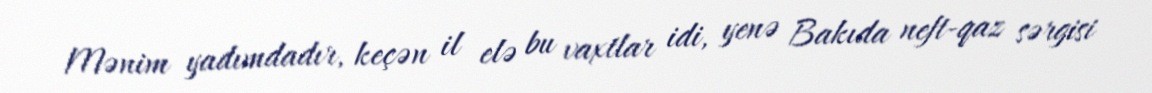
Mənim yadımdadır, keçən il elə bu vaxtlar idi, yenə Bakıda neft-qaz sərgisi